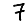
Digit: 7